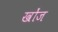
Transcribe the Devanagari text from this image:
खोंज